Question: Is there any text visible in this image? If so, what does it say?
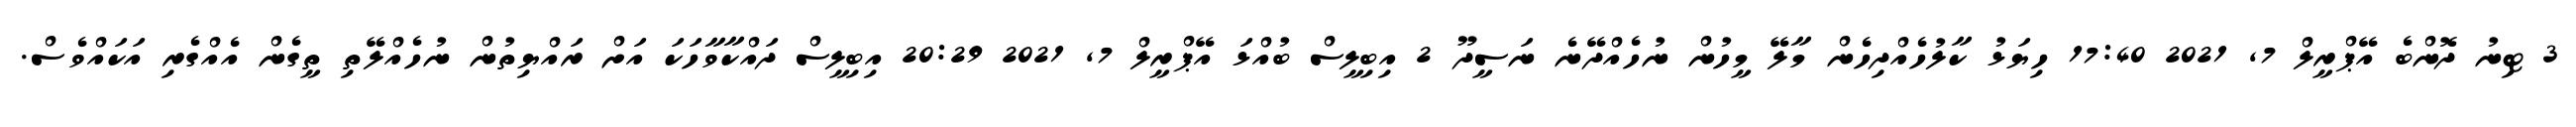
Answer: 3 ޓިނު ދޮންބެ އޭޕްރީލް 7, 2021 17:40 ހިޔަޅު ކާލުހެއްދިހެން މާލޭ މީހުން ނުހެއްދޭނެ ނަސީދޫ 2 އިބިލީސް ބުއްޅަ އޭޕްރީލް 7, 2021 20:29 އިބިލީސް ދައްކާވާހަކަ އަށް ރައްޔިތުން ނުހެއްލޭތި ތީގެން އެއްގެރި އަކައްވެސް.